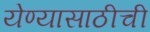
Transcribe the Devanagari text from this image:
येण्यासाठीची